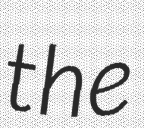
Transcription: the